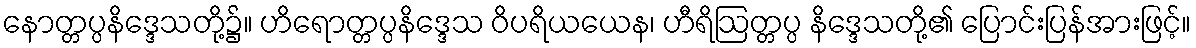
နောတ္တပ္ပနိဒ္ဒေသတို့၌။ ဟိရောတ္တပ္ပနိဒ္ဒေသ ဝိပရိယယေန၊ ဟီရိဩတ္တပ္ပ နိဒ္ဒေသတို့၏ ပြောင်းပြန်အားဖြင့်။